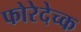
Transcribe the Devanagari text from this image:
फोरेदेच्क